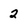
Character: 2